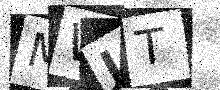
Text: MWJT